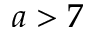
a > 7